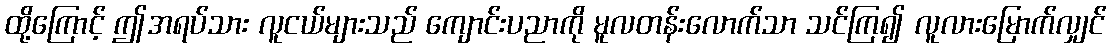
ထို့ကြောင့် ဤအရပ်သား လူငယ်များသည် ကျောင်းပညာကို မူလတန်းလောက်သာ သင်ကြ၍ လူလားမြောက်လျှင်